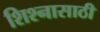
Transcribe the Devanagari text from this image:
शिश्नासाठी